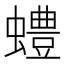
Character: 𫋠